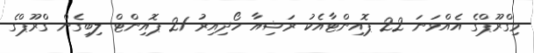
މިގްރޫޕްގެ އެއްވަނަ 22 ޕޮއިންޓާއެކު ރަޝިއާ ހޯދިއިރު 21 ޕޮއިންޓް ލިބިގެން ގްރޫޕްގެ